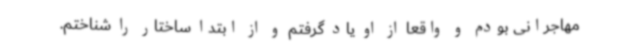
مهاجرانی بودم و واقعا از او یاد گرفتم و از ابتدا ساختار را شناختم.